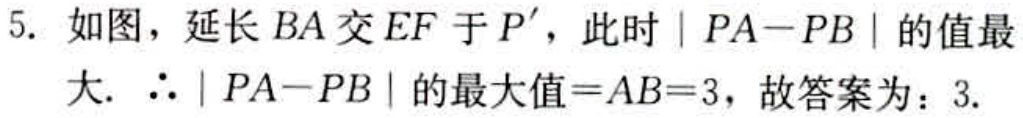
5. 如图，延长 \(BA\) 交 \(EF\) 于 \(P'\)，此时 \(|PA - PB|\) 的值最大. \(\therefore|PA - PB|\) 的最大值\( = AB = 3\)，故答案为：\(3\).